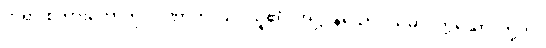
ဘုရားစကားတော်ကို။ ဂဏှာတိ၊ သင်ယူ၏။ အဋ္ဌ၊ န်သော။ သမာပတ္တိယော၊ တို့ကို။